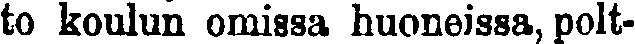
to koulun omissa huoneissa, polt-